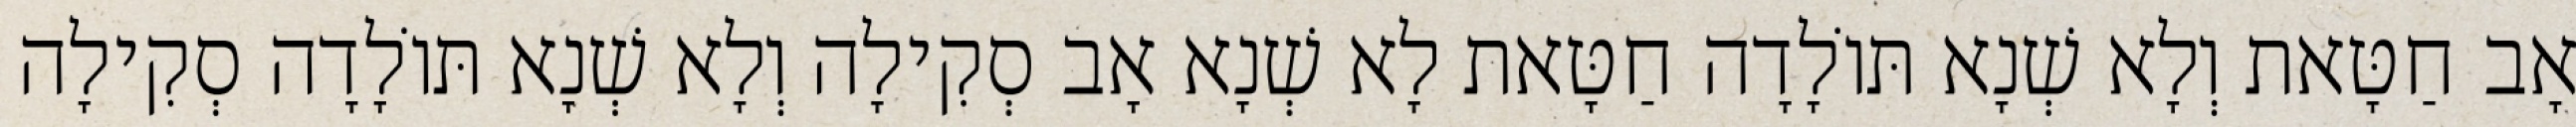
אָב חַטָּאת וְלָא שְׁנָא תּוֹלָדָה חַטָּאת לָא שְׁנָא אָב סְקִילָה וְלָא שְׁנָא תּוֹלָדָה סְקִילָה